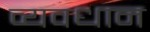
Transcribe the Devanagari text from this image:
व्‍यवधान